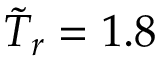
\tilde { T } _ { r } = 1 . 8